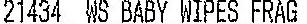
21434 WS BABY WIPES FRAG